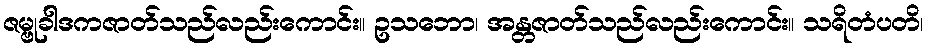
ဇမ္ဗုခါဒကဇာတ်သည်လည်းကောင်း။ ဥသဘော၊ အန္တဇာတ်သည်လည်းကောင်း။ သရိတံပတိ၊